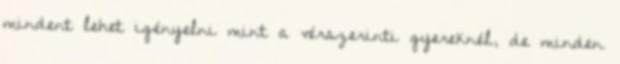
mindent lehet igényelni mint a vérszerinti gyereknél, de minden